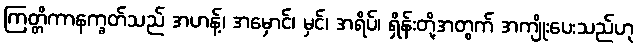
ကြတ္တိကာနက္ခတ်သည် အဟန့်၊ အမှောင်၊ မှင်၊ အရိပ်၊ ရှိန်းတို့အတွက် အကျိုးပေးသည်ဟု